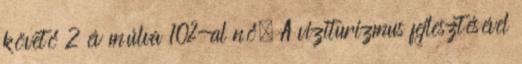
követő 2 év múlva 10%-al nő. A viziturizmus fejlesztésével